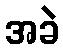
အခဲ